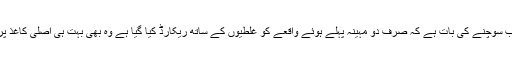
اب سوچنے کی بات ہے کہ صرف دو مہینہ پہلے ہوئے واقعے کو غلطیوں کے ساتھ ریکارڈ کیا گیا ہے وہ بھی بہت ہی اصلی کاغذ پر۔